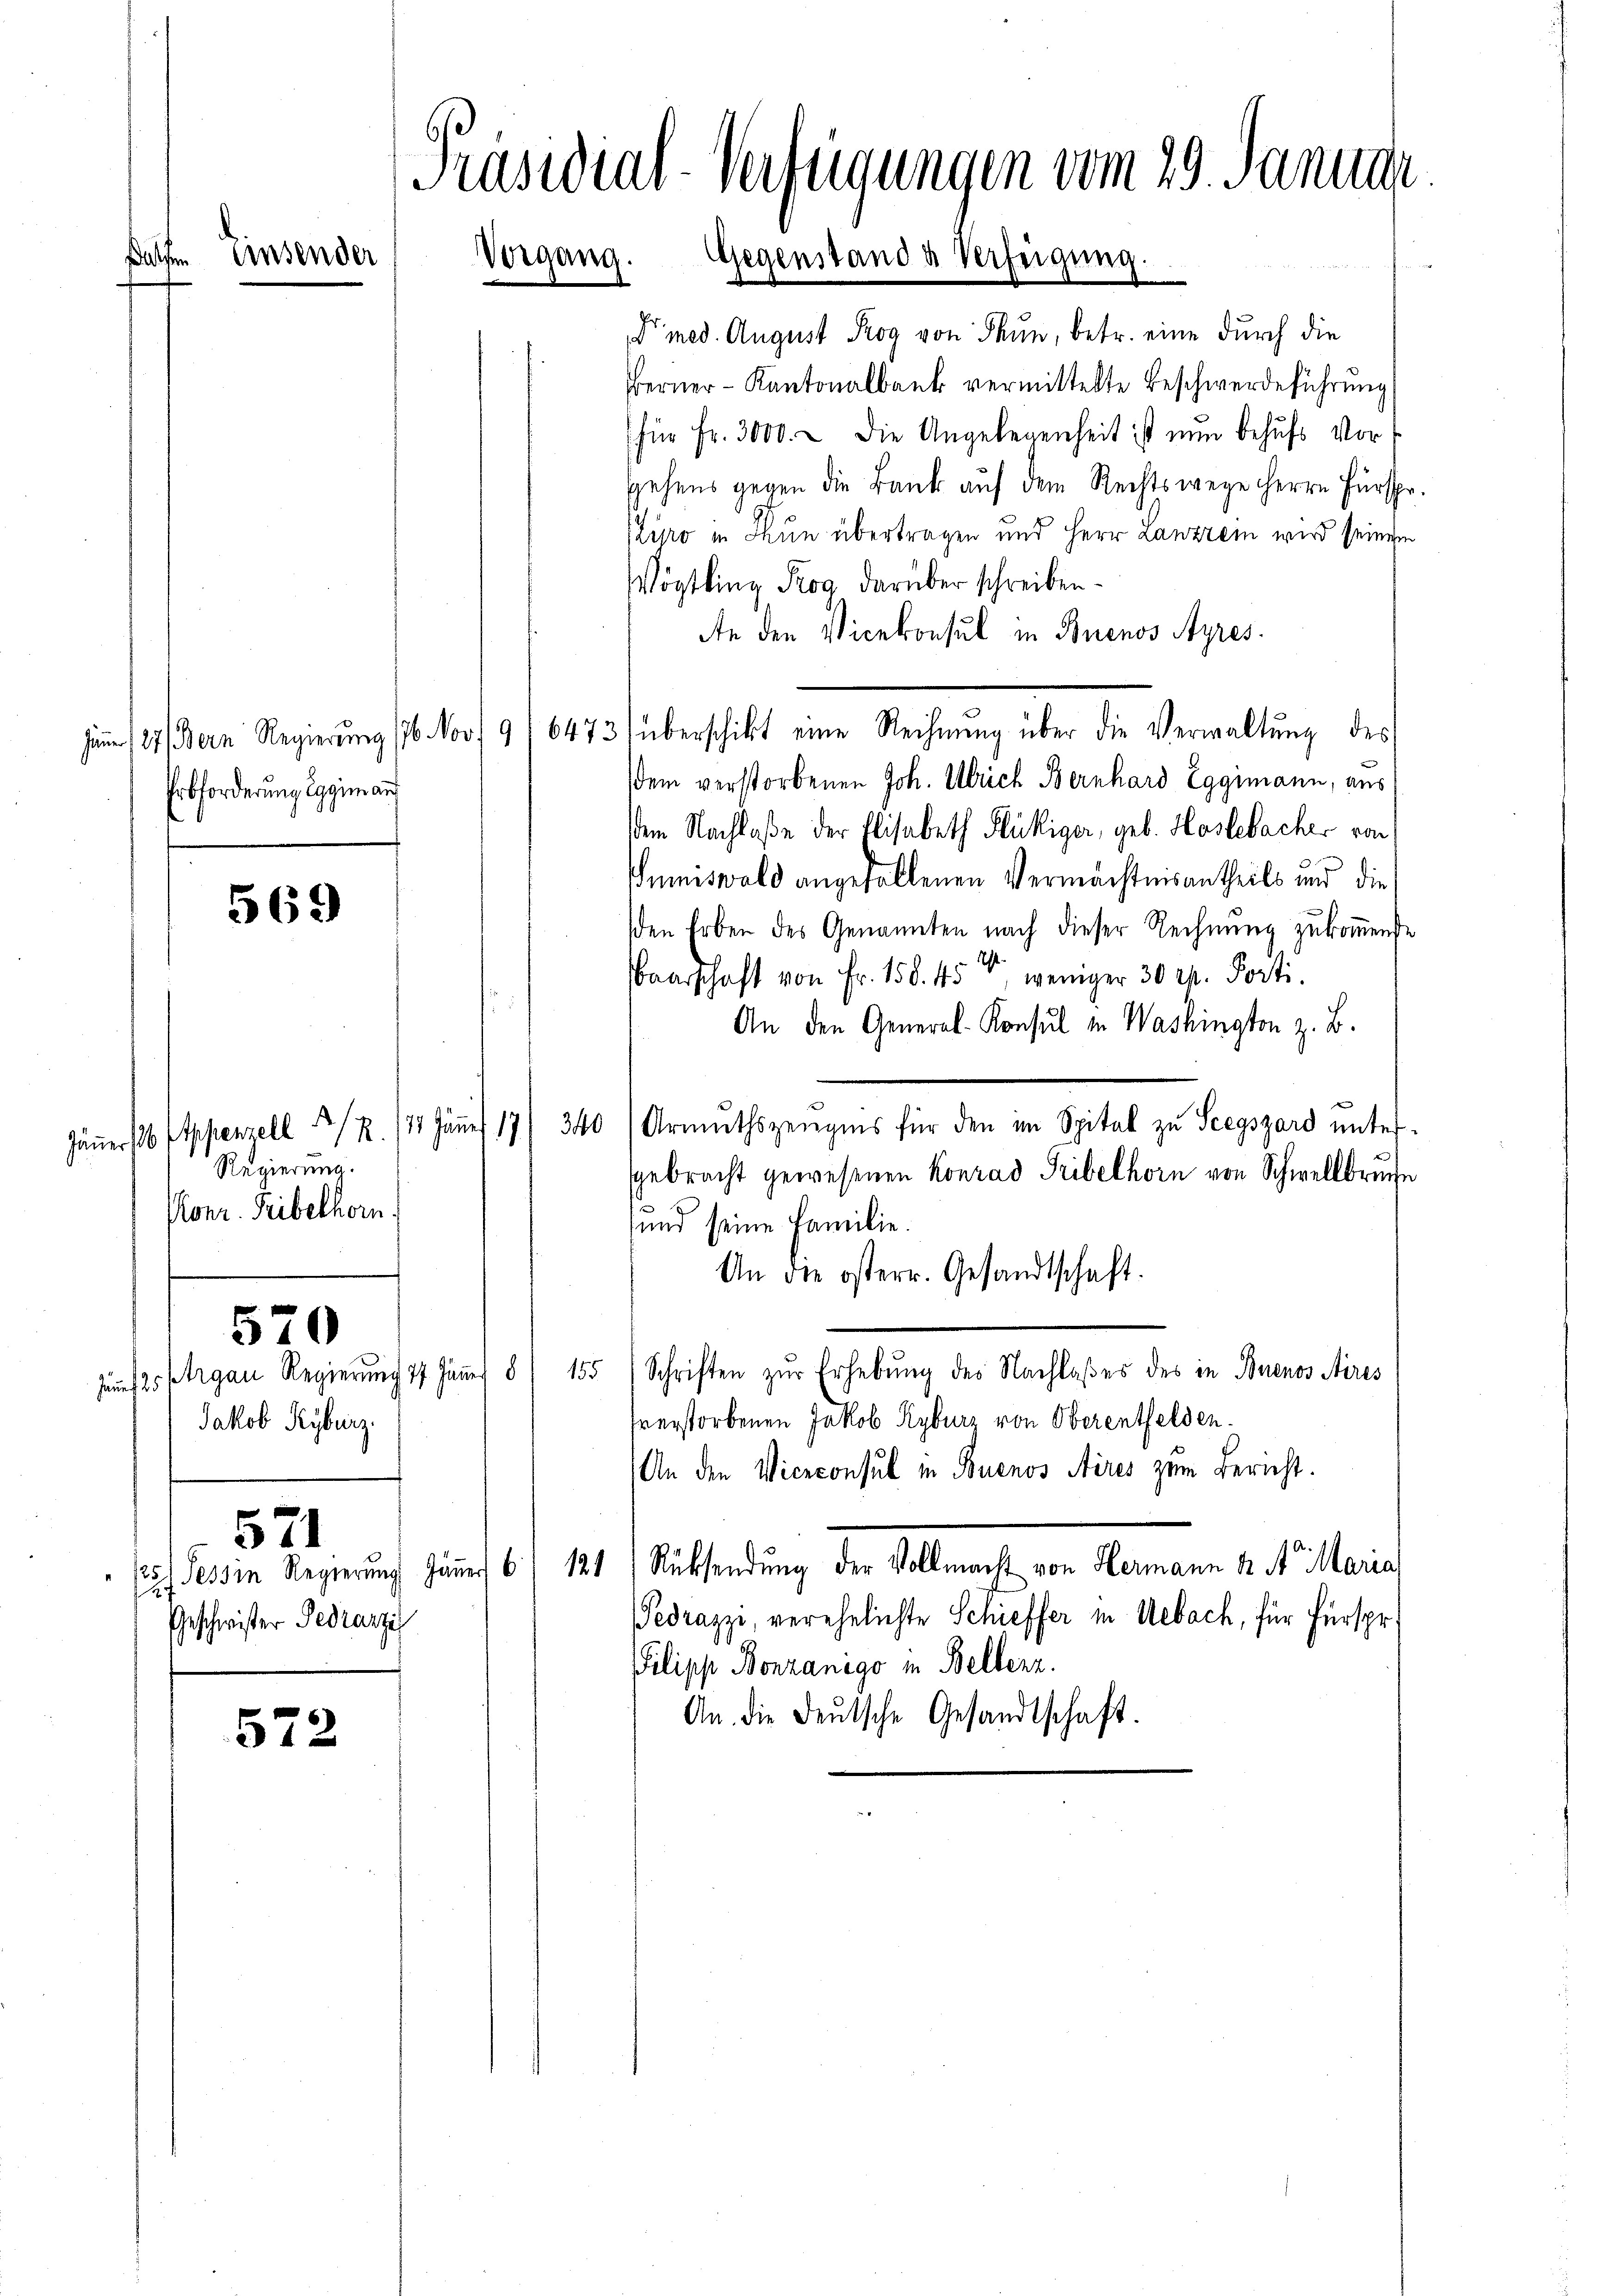
Erbforderung Eggimann

Jäner 16 Appenzell I/R. 21. Juni 17
Regierung.
Konr. Freibelhorn.

569

Jakob Kyburg.

570

s) Tessin Regierung Jäṅer 6
.
Geschwister Pedrazzi

571

572

Traswial-Verfügungen vom 29. Januar
Einsender
Vergang. Gegenstand & Verfügung.

med. August Rog von Thun, betr. eine durch die
Ferner - Kantonalbank vermittelte Beschwerdeführung
(für Fr. 3000. u die Angelegenheit ist nun behufs Vorgehens gegen die Bank aŭf dem Rechtswege Herrn Fürspr.
Kuro in Thun übertragen und Herr Lanztem wird seinem
Vögtling Trog darüber schreiben.
An den Vicekonsul in Buenos Ayres.
 127. Bern Regierŭng (16. Nov 9/6473) überschikt eine Rechnŭng über die Verwaltŭng des
dem verstorbenen Joh. Ulrich Bernhard Eggimann, aus
em Nachlaße der Elisabeth Flückiger, geb. Haslebacher von
Sumiswald angefallenen Vermächtnisantheils und die
den Erben des Genannten nach dieser Rechnŭng zukommende
Baarschaft von Fr. 158. 45, weniger 30 M. Porti
An den General-Konsul in Washington z. B.
340/Armuthszeugnis für den im Spital zu Seegszárd untergebracht gewesenen Konrad Tribelhorn von Schwellbruche
und seine Familie.
An die österr. Gesandtschaft.
hŭfs Ergan Regierŭng 17. Jäṅer 8/ 155 Schriften zŭr Erhebŭng des Nachlaβes des in Buenos Aires
hverstorbenen Jakob Kyburg von Oberentfelden.
An den Viceconsul in Buenos Aires zum Bericht.
121 Rüksendung der Vollmacht von Hermann N. N. Maria
edrazzi, verehelichte Schieffer in Uebach, für Fürspr
Pilipp Bonzanigo in Bellern.
An die deŭtsche Gesandtschaft.